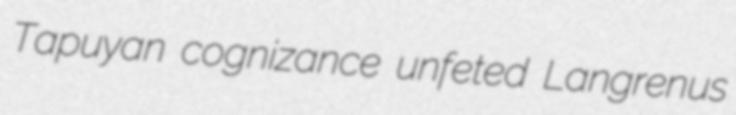
Tapuyan cognizance unfeted Langrenus